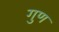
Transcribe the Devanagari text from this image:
गुण